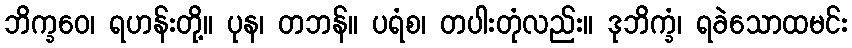
ဘိက္ခဝေ၊ ရဟန်းတို့။ ပုန၊ တဘန်။ ပရံစ၊ တပါးတုံလည်း။ ဒုဘိက္ခံ၊ ရခဲသောထမင်း